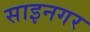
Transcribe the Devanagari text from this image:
साइनगर